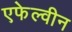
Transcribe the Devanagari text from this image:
एफेल्वीन